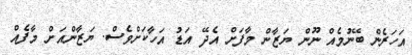
އަހަރެން ބޭނުމެއް ނޫން ޔަޒާން މާފަށް އެދޭ އަޑު އަހާކަށްވެސް. ޔަޒާންއަށް މާފެއް